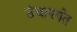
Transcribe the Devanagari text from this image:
उंचापर्यंत